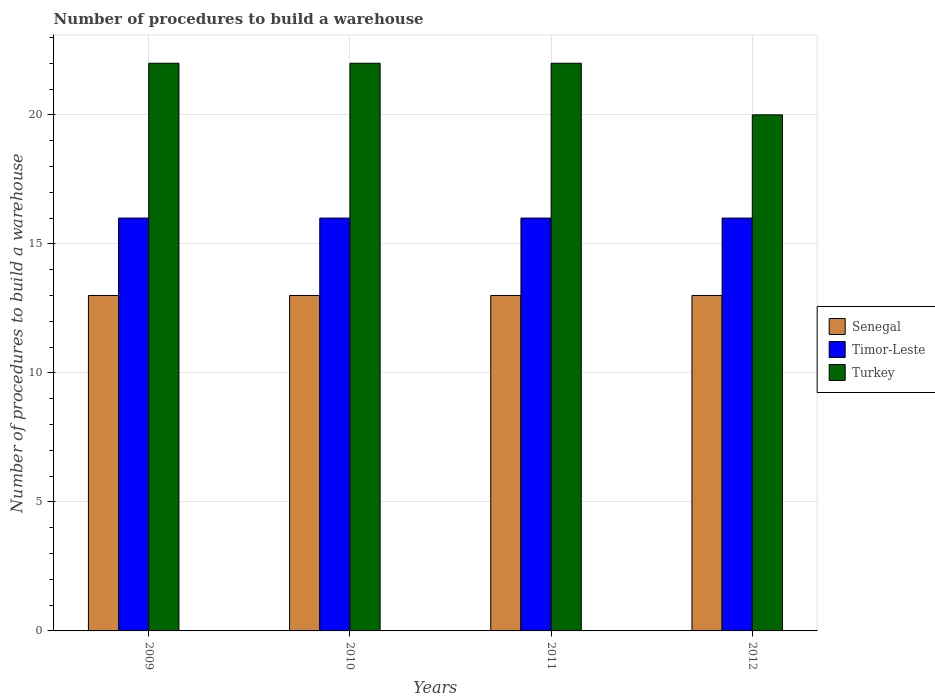
| Years | Senegal | Timor-Leste | Turkey |
 | --- | --- | --- | --- |
 | 2009 | 13 | 16 | 22 |
 | 2010 | 13 | 16 | 22 |
 | 2011 | 13 | 16 | 22 |
 | 2012 | 13 | 16 | 20 |